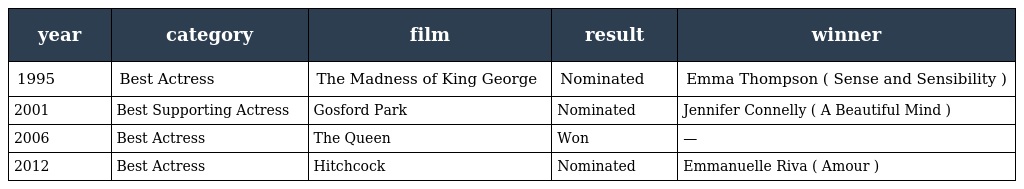
| year | category | film | result | winner |
 | --- | --- | --- | --- | --- |
 | 1995 | Best Actress | The Madness of King George | Nominated | Emma Thompson ( Sense and Sensibility ) |
 | 2001 | Best Supporting Actress | Gosford Park | Nominated | Jennifer Connelly ( A Beautiful Mind ) |
 | 2006 | Best Actress | The Queen | Won | — |
 | 2012 | Best Actress | Hitchcock | Nominated | Emmanuelle Riva ( Amour ) |